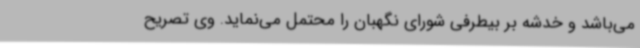
می‌باشد و خدشه بر بیطرفی شورای نگهبان را محتمل می‌نماید. وی تصریح